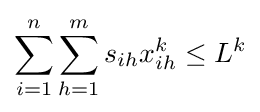
\sum _{i=1}^{n}{\sum _{h=1}^{m}{s_{ih}x_{ih}^{k}}}\leq L^{k}